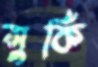
সুর্কি